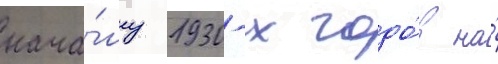
нача́лу 1930-х годо́в на́